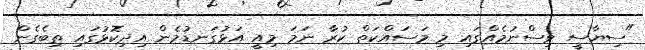
"ސިޔާސީ ވިސްނުމެއްގައި މި މަސައްކަތް ކުރާ ނަމަ މިއީ އަޅުގަނޑުމެން އިދިކޮޅުގައި ތިބެގެން